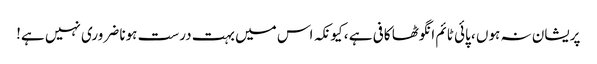
پریشان نہ ہوں ، پائی ٹائم انگوٹھا کافی ہے ، کیونکہ اس میں بہت درست ہونا ضروری نہیں ہے!